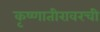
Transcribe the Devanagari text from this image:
कृष्णातीरावरची